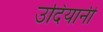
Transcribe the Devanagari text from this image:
उदियानी